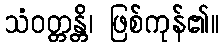
သံဝတ္တန္တိ၊ ဖြစ်ကုန်၏။